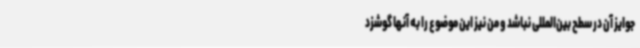
جوایز آن در سطح بین‌المللی نباشد و من نیز این موضوع را به آنها گوشزد